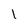
Character: 1